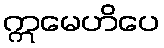
ဣမေဟိပေ